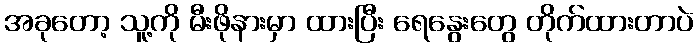
အခုတော့ သူ့ကို မီးဖိုနားမှာ ထားပြီး ရေနွေးတွေ တိုက်ထားတာပဲ